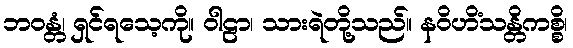
ဘဝန္တံ၊ ရှင်ရသေ့ကို။ ဝါဠာ၊ သားရဲတို့သည်။ နဝိဟိံသန္တိကစ္စိ၊